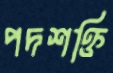
পদশক্তি